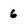
Character: 6